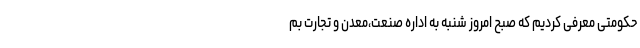
حکومتی معرفی کردیم که صبح امروز شنبه به اداره صنعت،معدن و تجارت بم